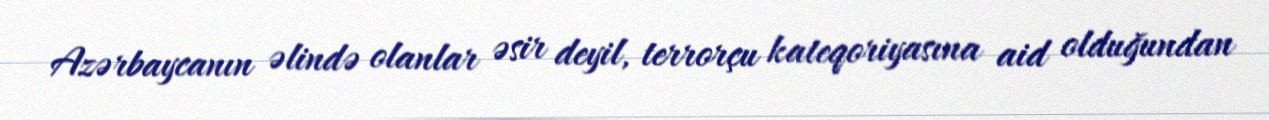
Azərbaycanın əlində olanlar əsir deyil, terrorçu kateqoriyasına aid olduğundan